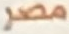
مصر